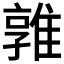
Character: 𨿡